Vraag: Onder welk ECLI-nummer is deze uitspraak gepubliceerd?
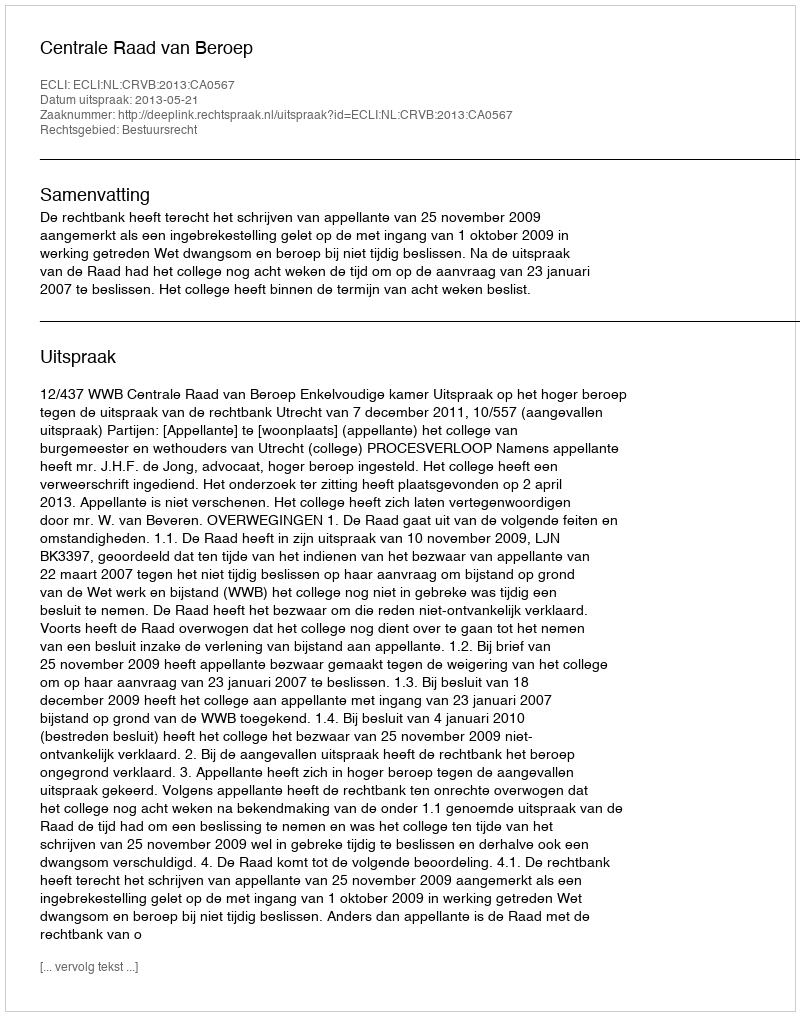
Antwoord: ECLI:NL:CRVB:2013:CA0567